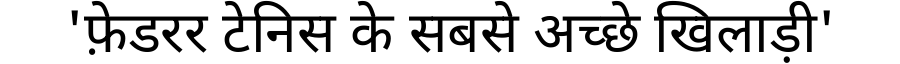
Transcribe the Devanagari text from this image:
'फ़ेडरर टेनिस के सबसे अच्छे खिलाड़ी'